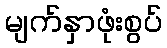
မျက်နှာဖုံးစွပ်